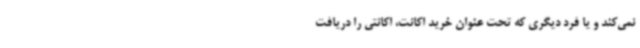
نمی‌کند و یا فرد دیگری که تحت عنوان خرید اکانت، اکانتی را دریافت